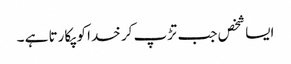
ایسا شخص جب تڑپ کر خدا کو پکارتا ہے ۔